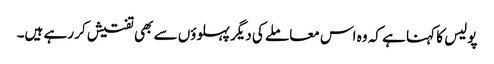
پولیس کا کہنا ہے کہ وہ اس معاملے کی دیگر پہلوؤں سے بھی تفتیش کر رہے ہیں۔